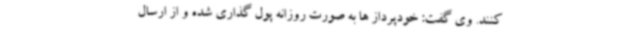
کنند. وی گفت: خودپرداز ها به صورت روزانه پول گذاری شده و از ارسال